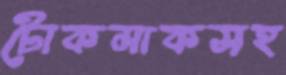
টোকমাকসহ